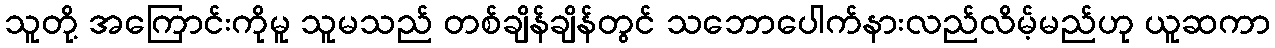
သူတို့ အကြောင်းကိုမူ သူမသည် တစ်ချိန်ချိန်တွင် သဘောပေါက်နားလည်လိမ့်မည်ဟု ယူဆကာ